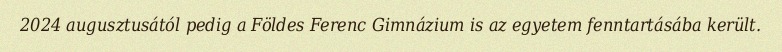
2024 augusztusától pedig a Földes Ferenc Gimnázium is az egyetem fenntartásába került.